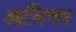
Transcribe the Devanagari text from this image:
आभिनव